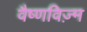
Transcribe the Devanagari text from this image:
वैष्णविज़्म